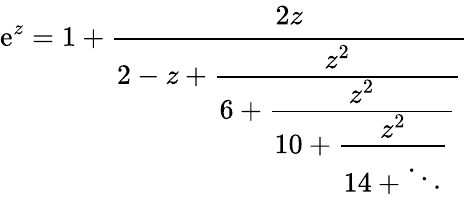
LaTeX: \mathrm{e}^{z}=1+{\cfrac{2z}{2-z+{\cfrac{z^{2}}{6+{\cfrac{z^{2}}{10+{\cfrac{z^{2}}{14+\ddots}}}}}}}}